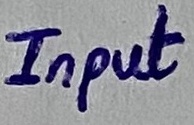
Text: Input